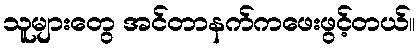
သူများတွေ အင်တာနက်ကဖေးဖွင့်တယ်။